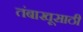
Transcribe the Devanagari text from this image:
तंबाखूसाठी